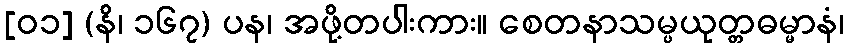
[၀၁] (နိ၊ ၁၆၇) ပန၊ အဖို့တပါးကား။ စေတနာသမ္ပယုတ္တဓမ္မာနံ၊